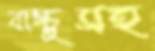
বাচ্চুসহ